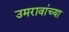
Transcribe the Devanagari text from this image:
उमरावांच्या